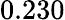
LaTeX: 0.230